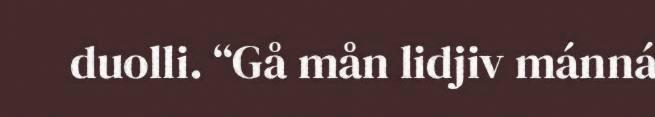
duolli. “Gå mån lidjiv mánná